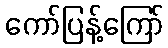
ကော်ပြန့်ကြော်